Report on vaccination in Madras 1877-1894 - 1877-1894
Year: 1877
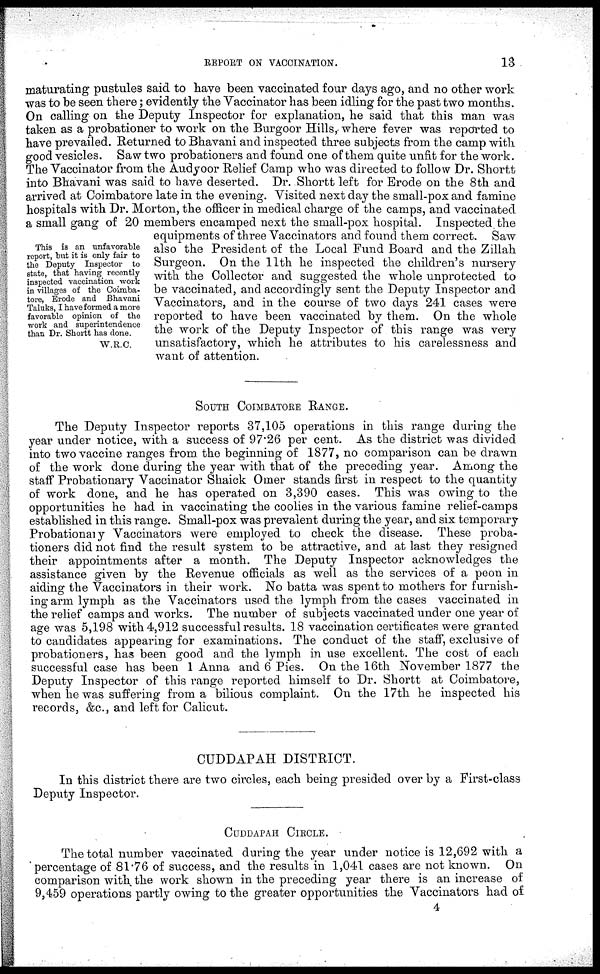
REPORT ON VACCINATION.
13
This is an unfavorable
report, but it is only fair to
the Deputy Inspector to
state, that having recently
inspected vaccination work
in villages of the Coimba¬
tore, Erode and Bhavani
Taluks, I have formed a more
favorable opinion of the
work and superintendence
than Dr. Shortt has done.
W.R.C.
maturating pustules said to have been vaccinated four days ago, and no other work
was to be seen there; evidently the Vaccinator has been idling for the past two months.
On calling on the Deputy Inspector for explanation, he said that this man was
taken as a probationer to work on the Burgoor Hills, where fever was reported to
have prevailed. Returned to Bhavani and inspected three subjects from the camp with
good vesicles. Saw two probationers and found one of them quite unfit for the work.
The Vaccinator from the Audyoor Relief Camp who was directed to follow Dr. Shortt
into Bhavani was said to have deserted. Dr. Shortt left for Erode on the 8th and
arrived at Coimbatore late in the evening. Visited next day the small-pox and famine
hospitals with Dr. Morton, the officer in medical charge of the camps, and vaccinated
a small gang of 20 members encamped next the small-pox hospital. Inspected the
equipments of three Vaccinators and found them correct. Saw
also the President of the Local Fund Board and the Zillah
Surgeon. On the 11th he inspected the children's nursery
with the Collector and suggested the whole unprotected to
be vaccinated, and accordingly sent the Deputy Inspector and
Vaccinators, and in the course of two days 241 cases were
reported to have been vaccinated by them. On the whole
the work of the Deputy Inspector of this range was very
unsatisfactory, which he attributes to his carelessness and
want of attention.
SOUTH COIMBATORE RANGE.
The Deputy Inspector reports 37,105 operations in this range during the
year under notice, with a success of 97.26 per cent. As the district was divided
into two vaccine ranges from the beginning of 1877, no comparison can be drawn
of the work done during the year with that of the preceding year. Among the
staff Probationary Vaccinator Shaick Omer stands first in respect to the quantity
of work done, and he has operated on 3,390 cases. This was owing to the
opportunities he had in vaccinating the coolies in the various famine relief-camps
established in this range. Small-pox was prevalent during the year, and six temporary
Probationary Vaccinators were employed to check the disease. These proba-
tioners did not find the result system to be attractive, and at last they resigned
their appointments after a month. The Deputy Inspector acknowledges the
assistance given by the Revenue officials as well as the services of a peon in
aiding the Vaccinators in their work. No batta was spent to mothers for furnish-
ing arm lymph as the Vaccinators used the lymph from the cases vaccinated in
the relief camps and works. The number of subjects vaccinated under one year of
age was 5,198 with 4,912 successful results. 18 vaccination certificates were granted
to candidates appearing for examinations. The conduct of the staff, exclusive of
probationers, has been good and the lymph in use excellent. The cost of each
successful case has been 1 Anna and 6 Pies. On the 16th November 1877 the
Deputy Inspector of this range reported himself to Dr. Shortt at Coimbatore,
when he was suffering from a bilious complaint. On the 17th he inspected his
records, &c., and left for Calicut.
CUDDAPAH DISTRICT.
In this district there are two circles, each being presided over by a First-class
Deputy Inspector.
CUDDAPAH CIRCLE.
The total number vaccinated during the year under notice is 12,692 with a
percentage of 81.76 of success, and the results in 1,041 cases are not known. On
comparison with the work shown in the preceding year there is an increase of
9,459 operations partly owing to the greater opportunities the Vaccinators had of
4